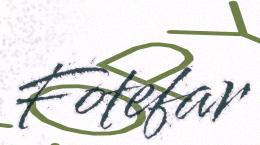
Fotefar